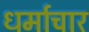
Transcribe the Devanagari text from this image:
धर्माचार